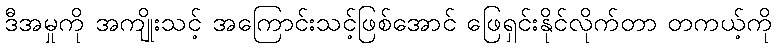
ဒီအမှုကို အကျိုးသင့် အကြောင်းသင့်ဖြစ်အောင် ဖြေရှင်းနိုင်လိုက်တာ တကယ့်ကို